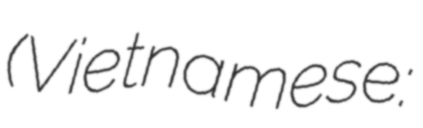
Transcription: (Vietnamese: